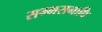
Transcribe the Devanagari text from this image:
सम्मसमाधि